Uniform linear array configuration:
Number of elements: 12
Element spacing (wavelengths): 0.75
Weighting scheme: cosine
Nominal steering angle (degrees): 15
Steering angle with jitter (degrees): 16.795
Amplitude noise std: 0.05
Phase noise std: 0.05

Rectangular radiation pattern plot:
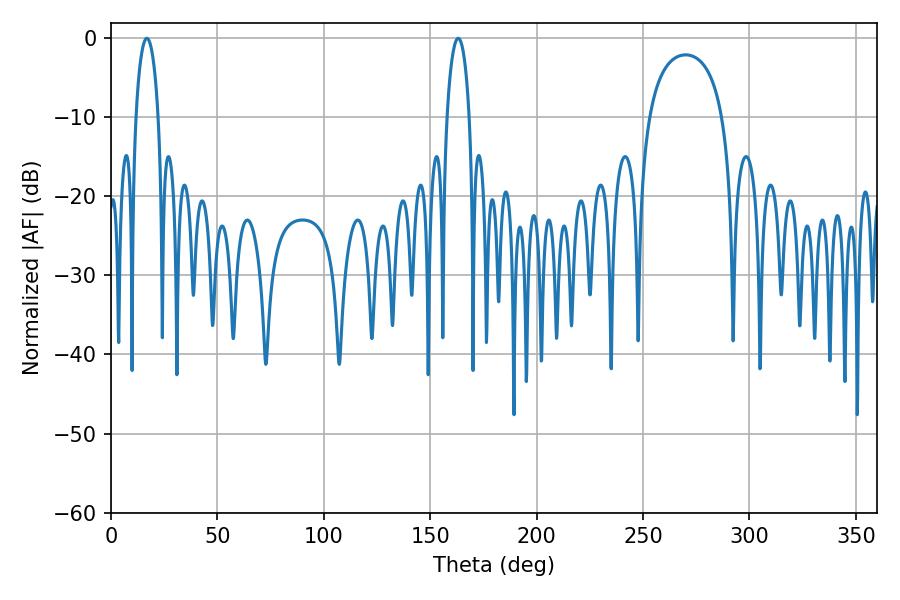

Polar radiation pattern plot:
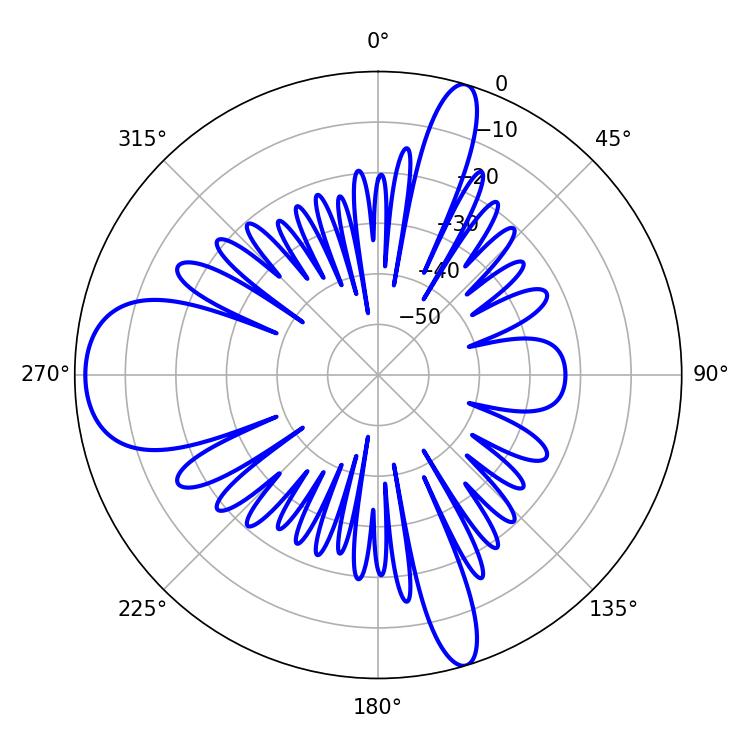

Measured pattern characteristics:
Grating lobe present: TRUE
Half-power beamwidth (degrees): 5.94
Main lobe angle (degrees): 16.92